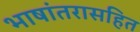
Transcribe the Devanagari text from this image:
भाषांतरासहित